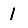
Digit: 1